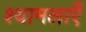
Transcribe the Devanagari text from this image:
श्यामलाएँ